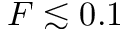
F \lesssim 0 . 1